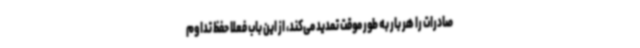
صادرات را هر بار به طور موقت تمدید می‌کند، از این باب فعلا حفظ تداوم